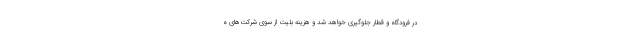
در فرودگاه و قطار جلوگیری خواهد شد و هزینه بلیت از سوی شرکت‌های ه